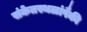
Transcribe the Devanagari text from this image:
संकेतस्थळांपैकी